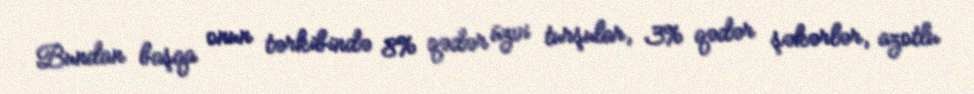
Bundan başqa onun tərkibində 8% qədər üzvi turşular, 3% qədər şəkərlər, azotlu